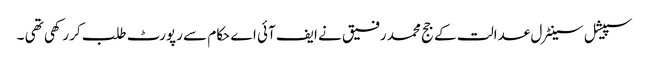
سپیشل سینٹرل عدالت کے جج محمد رفیق نے ایف آئی اے حکام سے رپورٹ طلب کر رکھی تھی ۔